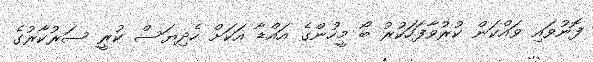
ފޮނުވައި ވައްކަން ކުރުވާފަހަކުރު ބޯ މީހުންގެ އައްޑާ އަކަށް ހެދިޔަސް ކުރީ ސަރުކާރުގެ